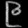
Digit: ၉